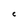
Character: C